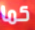
كما